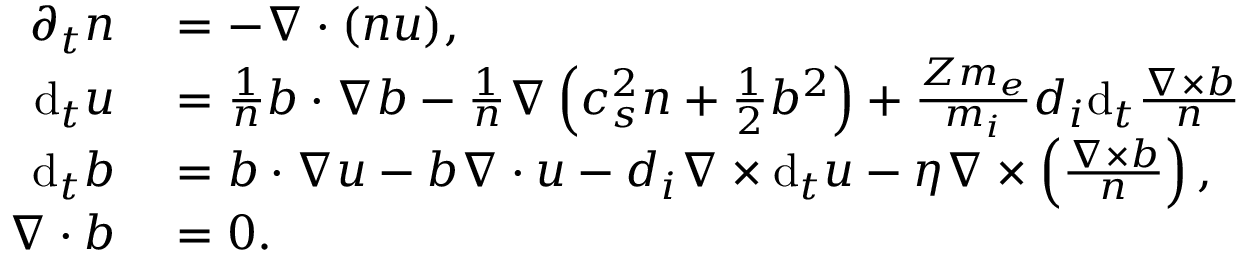
\begin{array} { r l } { \partial _ { t } n } & { { } = - \nabla \cdot ( n \boldsymbol { u } ) , } \\ { \mathrm { d } _ { t } \boldsymbol { u } } & { { } = \frac { 1 } { n } \boldsymbol { b } \cdot \nabla \boldsymbol { b } - \frac { 1 } { n } \nabla \left( c _ { s } ^ { 2 } n + \frac { 1 } { 2 } b ^ { 2 } \right) + \frac { Z m _ { e } } { m _ { i } } d _ { i } \mathrm { d } _ { t } \frac { \nabla \times \boldsymbol { b } } { n } } \\ { \mathrm { d } _ { t } \boldsymbol { b } } & { { } = \boldsymbol { b } \cdot \nabla \boldsymbol { u } - \boldsymbol { b } \nabla \cdot \boldsymbol { u } - d _ { i } \nabla \times \mathrm { d } _ { t } \boldsymbol { u } - \eta \nabla \times \left( \frac { \nabla \times \boldsymbol { b } } { n } \right) , } \\ { \nabla \cdot \boldsymbol { b } } & { { } = 0 . } \end{array}